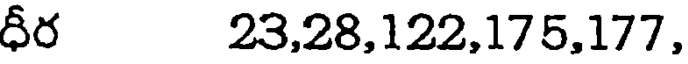
ధీర 23,28,122,175,177,